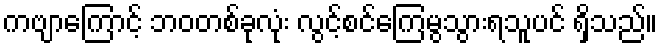
ကဗျာကြောင့် ဘဝတစ်ခုလုံး လွင့်စင်ကြေမွသွားရသူပင် ရှိသည်။